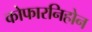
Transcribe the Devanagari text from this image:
कोफारनिहोन